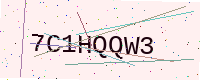
Text: 7C1HQQW3